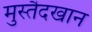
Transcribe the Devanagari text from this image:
मुस्तैदखान